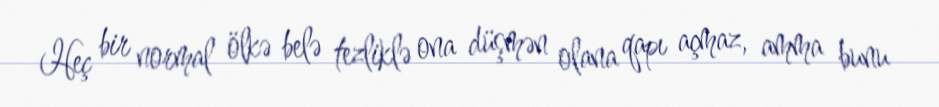
Heç bir normal ölkə belə tezliklə ona düşmən olana qapı açmaz, amma bunu